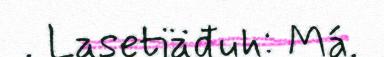
. Lasetiäđuh: Má.